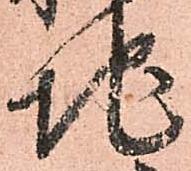
地